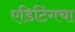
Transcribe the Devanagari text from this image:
एडिटिंगचा